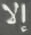
إلا